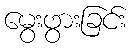
မွေးဖွားခြင်း